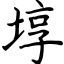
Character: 埻